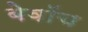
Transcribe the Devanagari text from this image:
बेवॉच